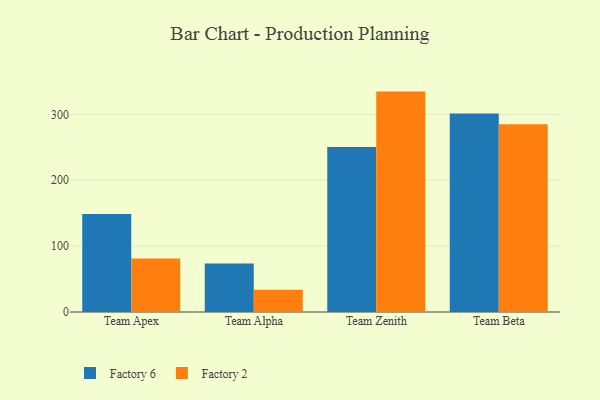
{"axis": {"x": "Team", "y": "Net Income (USD K)"}, "legend": ["Factory 2", "Factory 6"], "data": [{"x": "Team Apex", "y": 148.8, "type": "Factory 6"}, {"x": "Team Apex", "y": 81.2, "type": "Factory 2"}, {"x": "Team Alpha", "y": 73.5, "type": "Factory 6"}, {"x": "Team Alpha", "y": 33.6, "type": "Factory 2"}, {"x": "Team Zenith", "y": 250.4, "type": "Factory 6"}, {"x": "Team Zenith", "y": 334.6, "type": "Factory 2"}, {"x": "Team Beta", "y": 301.3, "type": "Factory 6"}, {"x": "Team Beta", "y": 285.2, "type": "Factory 2"}]}